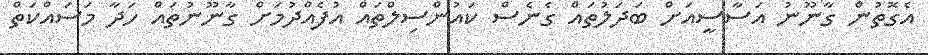
އެގޮތުން ގާނޫނު އަސާސީއަށް ބަދަލުތައް ގެނެސް ކައުންސިލްތައް އުފެއްދުމަށް ގާނޫނުތައް ހަދާ މަސައްކަތް